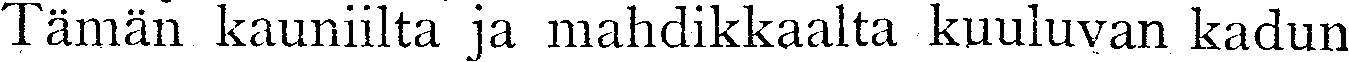
Tämän kauniilta ja mahdikkaalta kuuluvan kadun